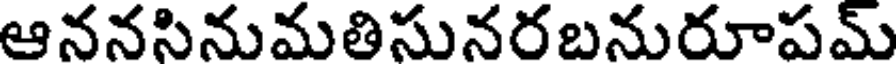
ఆననసినుమతిసునరబనురూపమ్